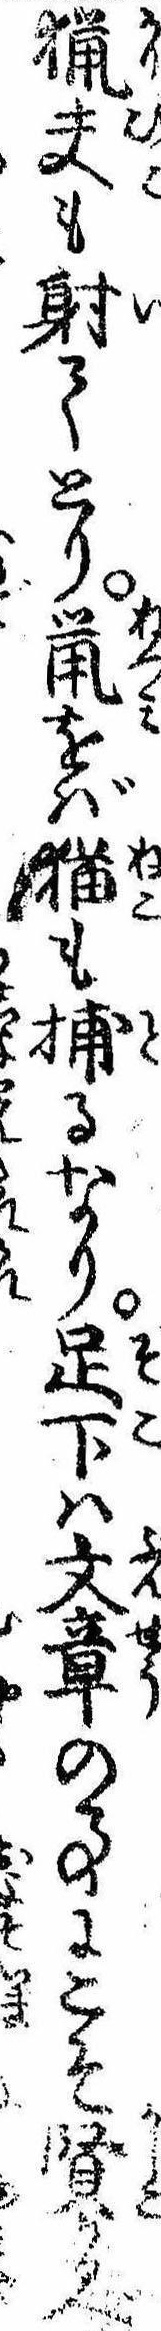
猟夫も射てとり鼠をば猫も捕るなり足下は文章の事にこそ賢かるべ